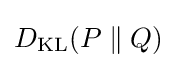
D_{\mathrm {KL} }(P\parallel Q)